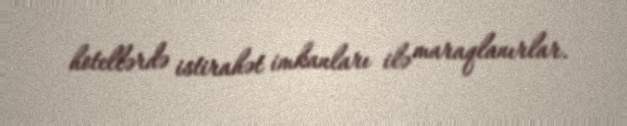
hotellərdə istirahət imkanları ilə maraqlanırlar.